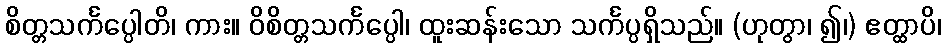
စိတ္တသင်္ကပ္ပေါတိ၊ ကား။ ဝိစိတ္တသင်္ကပ္ပေါ၊ ထူးဆန်းသော သင်္ကပ္ပရှိသည်။ (ဟုတွာ၊ ၍၊) ဧတ္ထာပိ၊